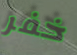
خفر